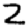
Digit: 2